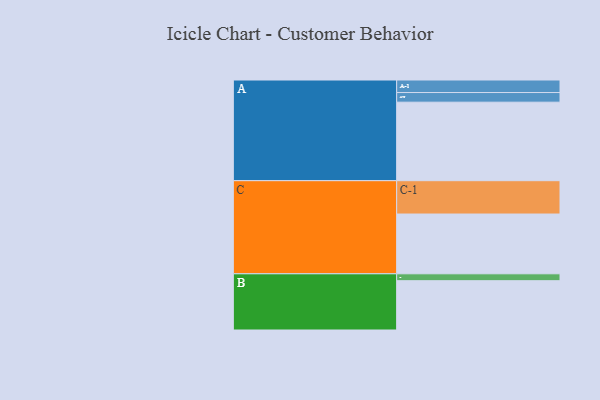
{"axis": {"x": "Segment", "y": "Value"}, "legend": ["", "A", "B", "C"], "data": [{"x": "A", "y": 570, "type": ""}, {"x": "B", "y": 358, "type": ""}, {"x": "C", "y": 434, "type": ""}, {"x": "A-1", "y": 91, "type": "A"}, {"x": "A-2", "y": 70, "type": "A"}, {"x": "B-1", "y": 50, "type": "B"}, {"x": "C-1", "y": 242, "type": "C"}]}